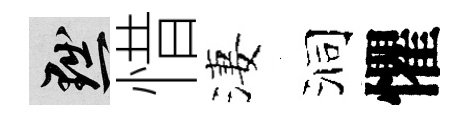
黜惜淒洞懼